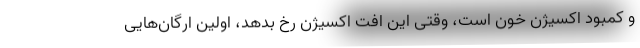
و کمبود اکسیژن خون است، وقتی این اُفت اکسیژن رخ بدهد، اولین ارگان‌هایی